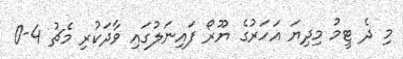
މި ދެ ޓީމު މިދިޔަ އަހަރުގެ ޔޫރޯ ފައިނަލުގައި ވާދަކުރި މެޗު 4-0